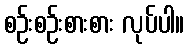
စဉ်းစဉ်းစားစား လုပ်ပါ။